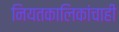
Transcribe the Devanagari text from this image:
नियतकालिकांचाही